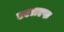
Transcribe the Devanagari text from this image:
एएलएफ